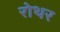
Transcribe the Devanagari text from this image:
रोथर